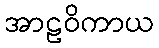
အာဠဝိကာယ